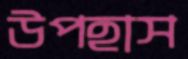
উপহাস